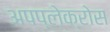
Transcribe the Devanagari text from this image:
अपप्लेक्रोस